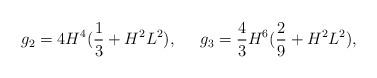
LaTeX: \begin{align*}g_2=4H^4(\frac{1}{3}+H^2L^2),\;\;\;\;\;g_3=\frac{4}{3}H^6(\frac{2}{9}+H^2L^2),\end{align*}